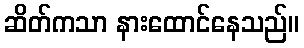
ဆိတ်ကသာ နားထောင်နေသည်။